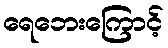
ရေဘေးကြောင့်